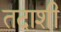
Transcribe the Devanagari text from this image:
तदाशी